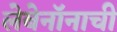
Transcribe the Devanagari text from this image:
लेबेनॉनाची